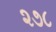
૨૭૮